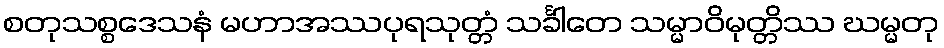
စတုသစ္စဒေသနံ မဟာအဿပုရသုတ္တံ သင်္ခါတေ သမ္မာဝိမုတ္တိဿ ဃမ္မတု